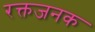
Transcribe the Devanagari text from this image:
रक्तजनक